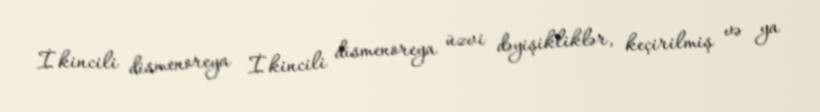
İkincili dismenoreya İkincili dismenoreya üzvi dəyişikliklər, keçirilmiş və ya